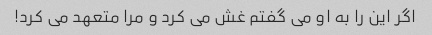
اگر این را به او می گفتم غش می کرد و مرا متعهد می کرد!